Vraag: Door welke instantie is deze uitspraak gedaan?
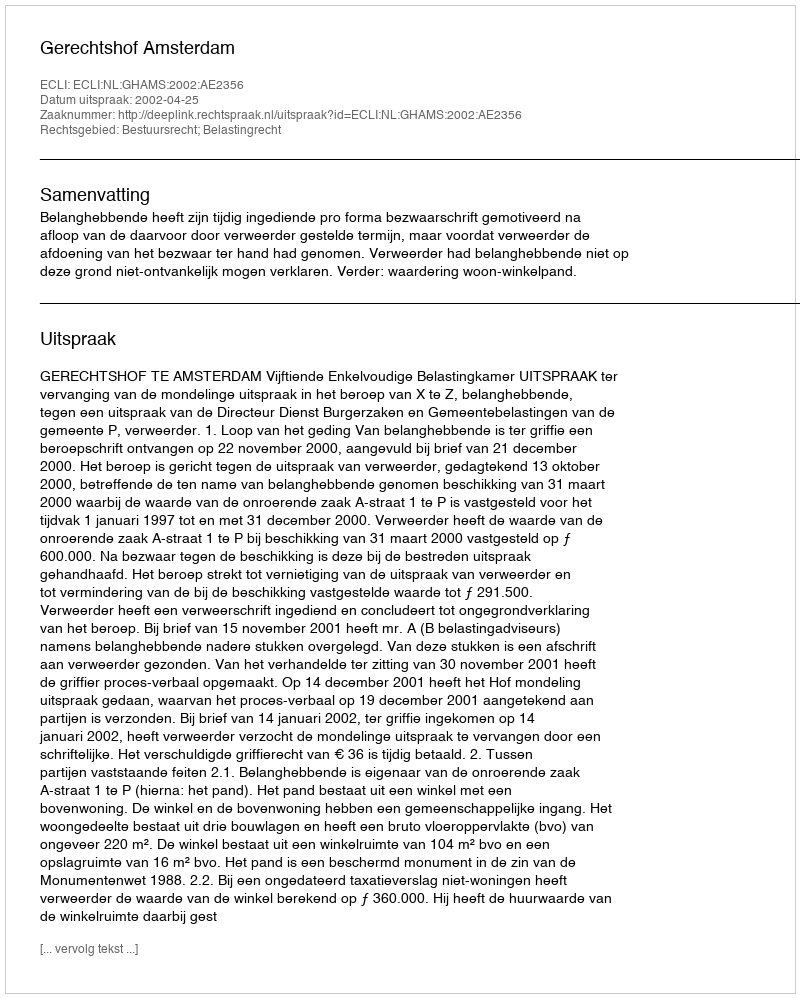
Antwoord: Gerechtshof Amsterdam